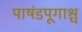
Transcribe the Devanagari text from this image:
पाषंडपूगाश्च